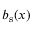
\ensuremath { b _ { \mathrm { s } } } ( x )